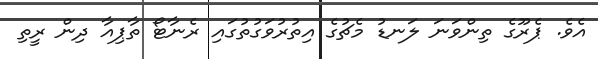
އެވެ. ޕެރޫގެ ތިންވަނަ ލަނޑު މެޗުގެ އިތުރުވަގުތުގައި ރެނާޓޯ ތާޕިއާ ދިން ރީތި